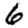
Digit: 6